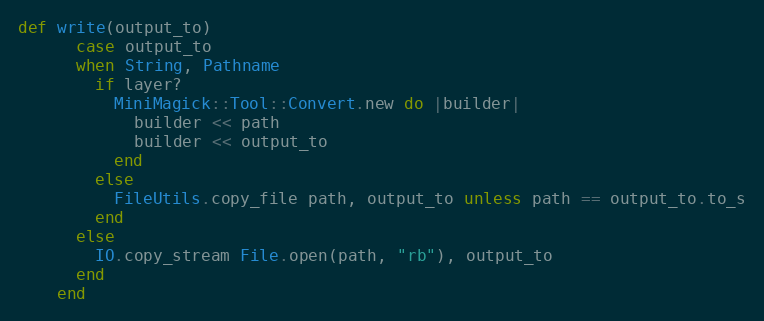
Language: Ruby
def write(output_to)
      case output_to
      when String, Pathname
        if layer?
          MiniMagick::Tool::Convert.new do |builder|
            builder << path
            builder << output_to
          end
        else
          FileUtils.copy_file path, output_to unless path == output_to.to_s
        end
      else
        IO.copy_stream File.open(path, "rb"), output_to
      end
    end